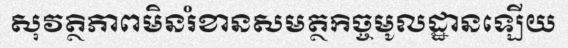
សុវត្ថិភាពមិនរំខានសមត្ថកិច្ចមូលដ្ឋានឡើយ